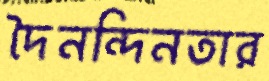
দৈনন্দিনতার